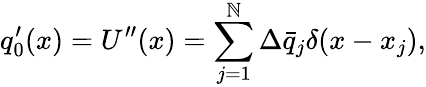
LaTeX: q_{0}^{\prime}(x)=U^{\prime\prime}(x)=\sum_{j=1}^{\mathbb{N}}\Delta\bar{{q}}_{j}\delta(x-x_{j}),